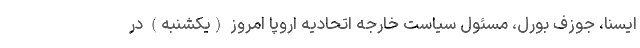
ایسنا، جوزف بورل، مسئول سیاست خارجه اتحادیه اروپا امروز (یکشنبه) در